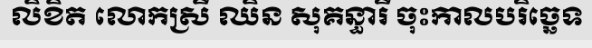
លិខិត លោកស្រី ឈិន សុគន្ធារី ចុះកាលបរិច្ឆេទ